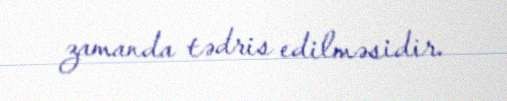
zamanda tədris edilməsidir.